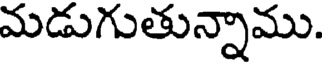
మడుగుతున్నాము.